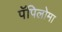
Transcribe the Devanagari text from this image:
पॅपिलोमा